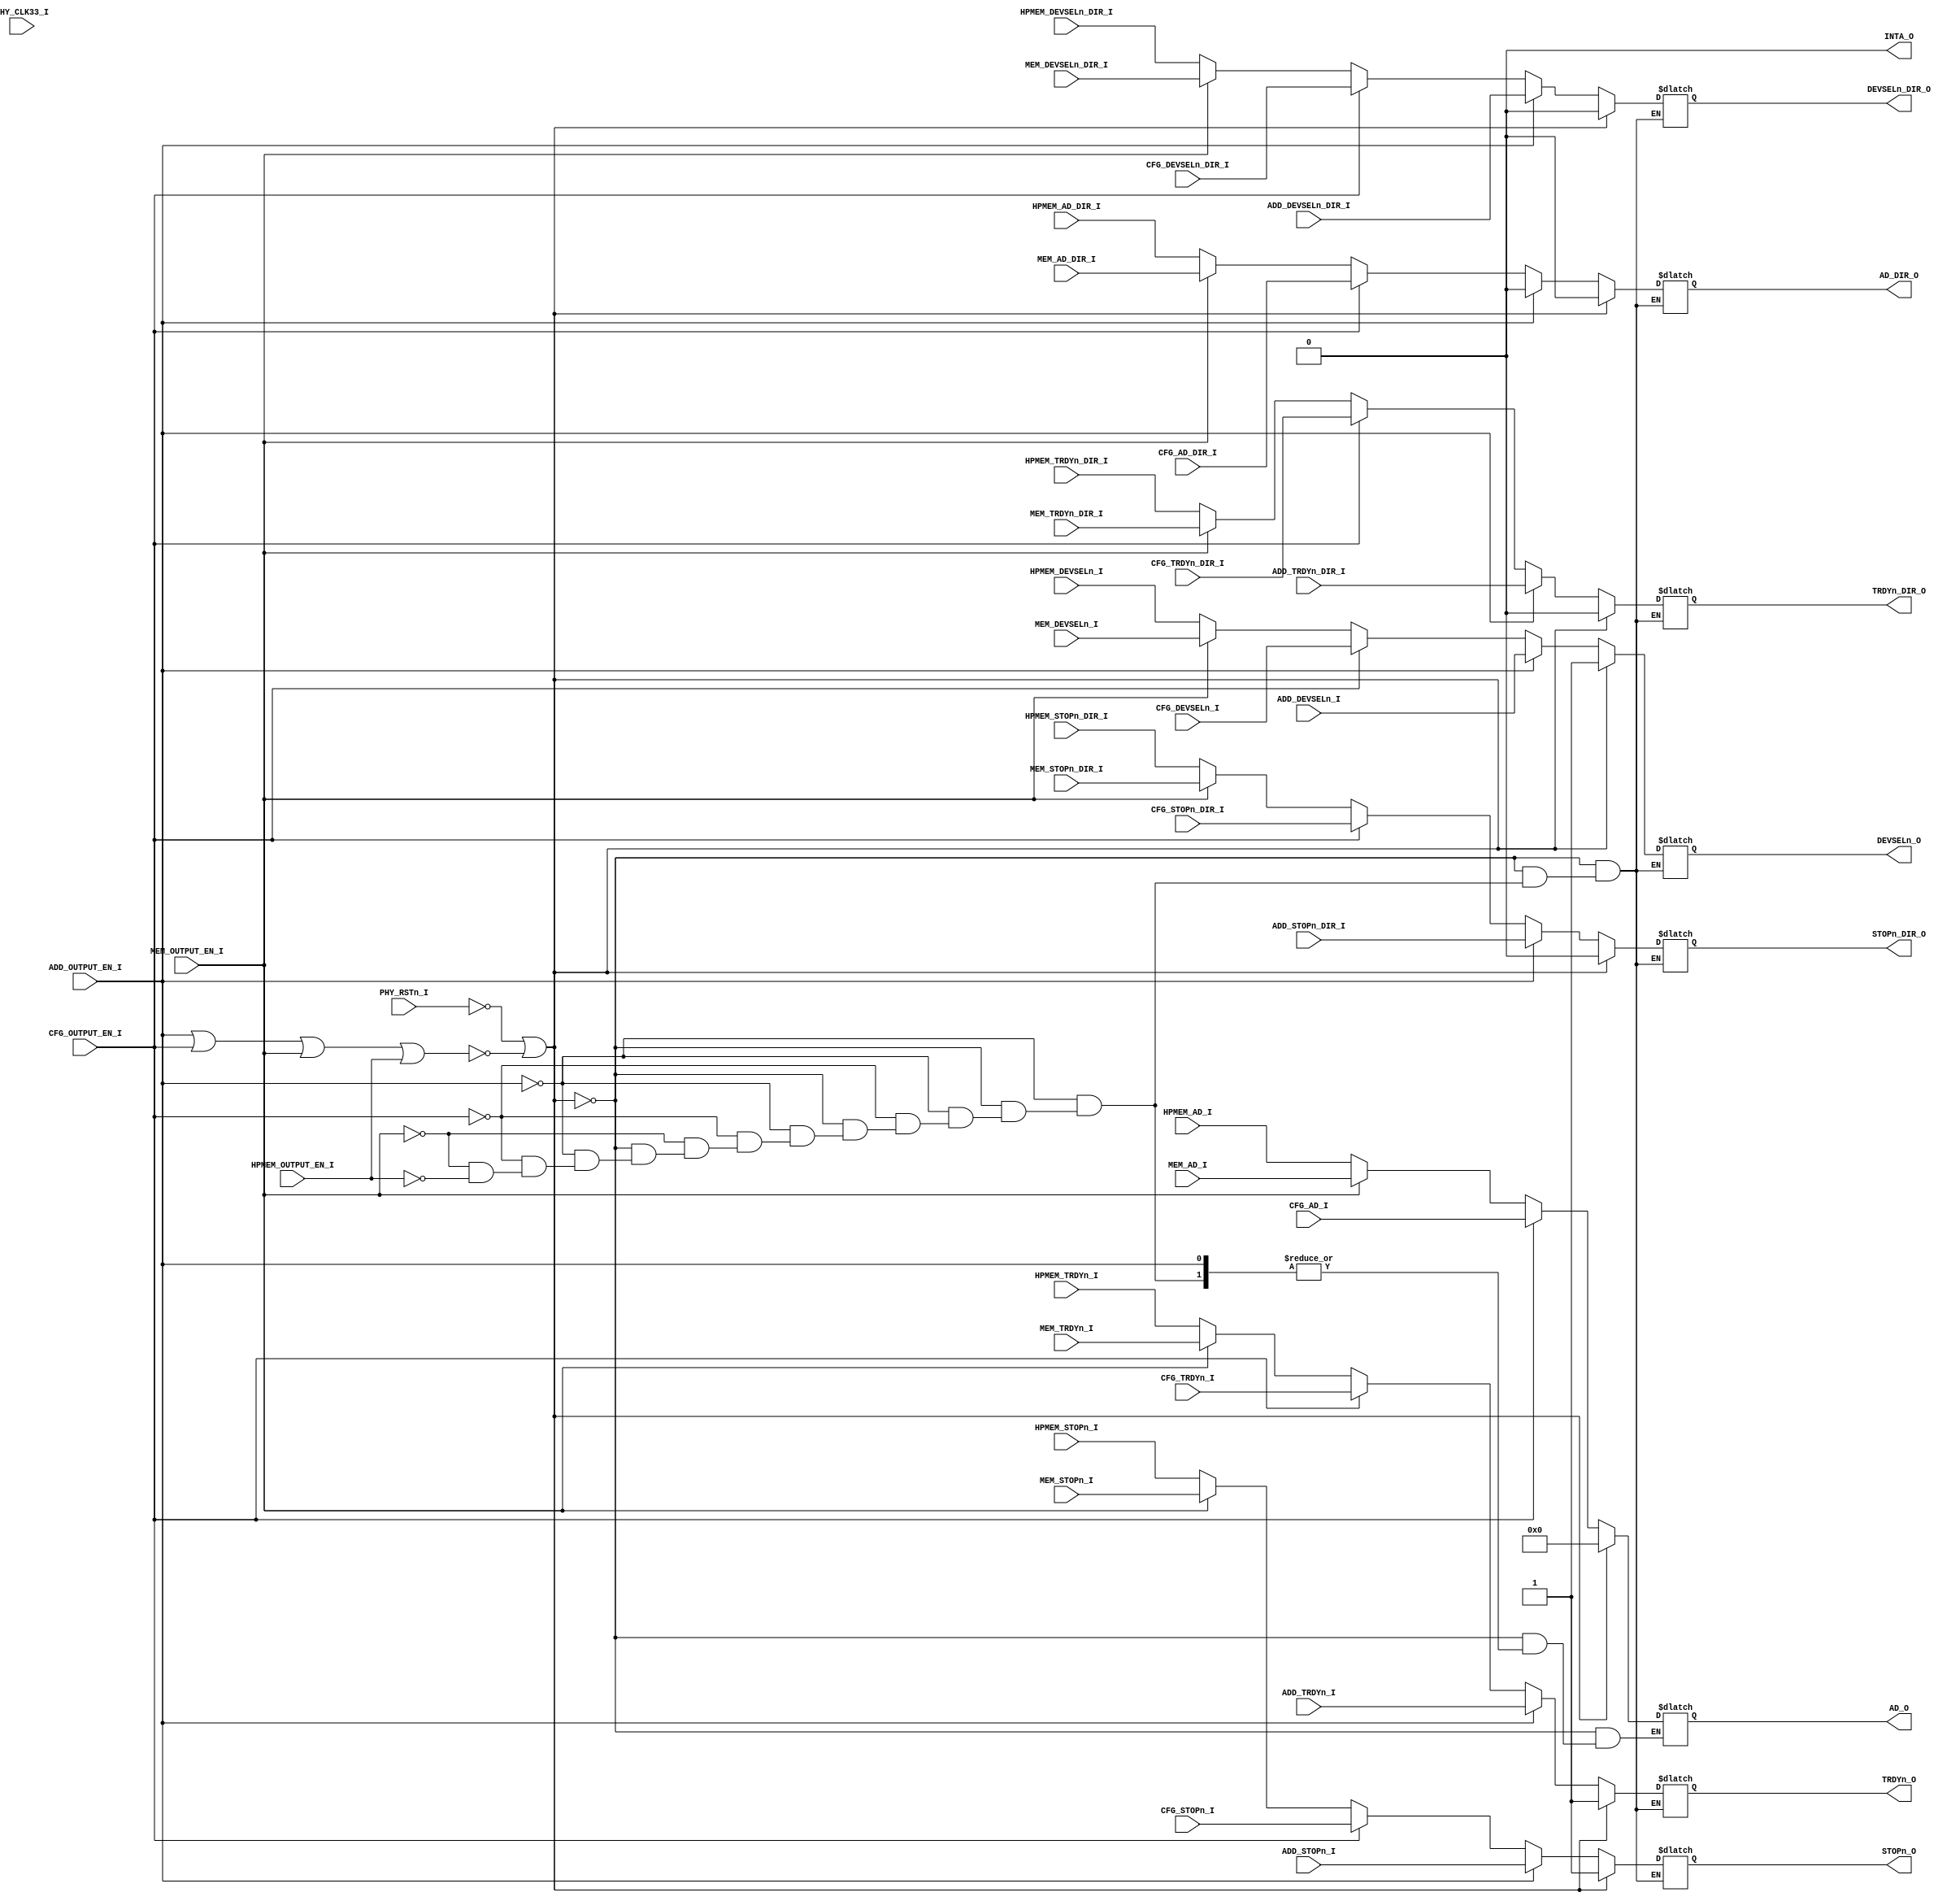
`timescale 1ns / 1ps
//////////////////////////////////////////////////////////////////////////////////
// Company: 
// Engineer: 
// 
// Design Name: 
// Module Name: PCI_OUT_ENCODER
// Project Name: 
// Target Devices: 
// Tool Versions: 
// Description: 
// 
// Dependencies: 
// 
// Revision:
// Revision 0.01 - File Created
// Additional Comments:
// 
//////////////////////////////////////////////////////////////////////////////////


module PCI_OUT_ENCODER(
	input PHY_CLK33_I,
	input PHY_RSTn_I,
	
	output reg   TRDYn_O = 1,
	output reg   TRDYn_DIR_O = 0,
	output reg   DEVSELn_O = 1,
	output reg   DEVSELn_DIR_O = 0,
	output reg   STOPn_O = 1 ,
	output reg   STOPn_DIR_O = 0,
	
	output reg  [31:0]  AD_O = 0,
	output reg  AD_DIR_O = 0,
	
	output reg INTA_O = 0,
	
	input   ADD_TRDYn_I,
	input   ADD_TRDYn_DIR_I,
	input   ADD_DEVSELn_I,
	input   ADD_DEVSELn_DIR_I,
	input   ADD_STOPn_I,
	input   ADD_STOPn_DIR_I,
	
	input   CFG_TRDYn_I,
	input   CFG_TRDYn_DIR_I,
	input   CFG_DEVSELn_I,
	input   CFG_DEVSELn_DIR_I,
	input   CFG_STOPn_I,
	input   CFG_STOPn_DIR_I,
	
	input               CFG_AD_DIR_I,
	input [31:0]        CFG_AD_I,
	
	
    input   MEM_TRDYn_I,
	input   MEM_TRDYn_DIR_I,
	input   MEM_DEVSELn_I,
	input   MEM_DEVSELn_DIR_I,
	input   MEM_STOPn_I,
	input   MEM_STOPn_DIR_I,
	
	input               MEM_AD_DIR_I,
	input [31:0]        MEM_AD_I,
	
	
	input   HPMEM_TRDYn_I,
	input   HPMEM_TRDYn_DIR_I,
	input   HPMEM_DEVSELn_I,
	input   HPMEM_DEVSELn_DIR_I,
	input   HPMEM_STOPn_I,
	input   HPMEM_STOPn_DIR_I,
	
	input               HPMEM_AD_DIR_I,
	input [31:0]        HPMEM_AD_I,
	
	input ADD_OUTPUT_EN_I,
	input CFG_OUTPUT_EN_I,
	input MEM_OUTPUT_EN_I,
	input HPMEM_OUTPUT_EN_I
	
    );
	
	wire NO_EN = ~(ADD_OUTPUT_EN_I == 1 || CFG_OUTPUT_EN_I == 1 
	|| MEM_OUTPUT_EN_I == 1 || HPMEM_OUTPUT_EN_I == 1);
	always @(*) //-- ASYNCRONUS DESIGN -- WORKING BUT NOT RECOMMENDE
	//always @( negedge PHY_CLK33_I)
		if (PHY_RSTn_I == 0 || NO_EN == 1)
			begin
				TRDYn_O = 1;
				TRDYn_DIR_O = 0;
				DEVSELn_O = 1;
				DEVSELn_DIR_O = 0;
				STOPn_O = 1 ;
				STOPn_DIR_O = 0;
			    AD_O = 0;
				AD_DIR_O = 0;
				INTA_O = 0;
			end
		else if (ADD_OUTPUT_EN_I == 1)
			begin
				AD_DIR_O = 0;
				TRDYn_O = ADD_TRDYn_I;
				TRDYn_DIR_O = ADD_TRDYn_DIR_I;
				DEVSELn_O = ADD_DEVSELn_I;
				DEVSELn_DIR_O = ADD_DEVSELn_DIR_I;
				STOPn_O = ADD_STOPn_I ;
				STOPn_DIR_O = ADD_STOPn_DIR_I;
			end
		else if (CFG_OUTPUT_EN_I == 1)
			begin
				TRDYn_O = CFG_TRDYn_I;
				TRDYn_DIR_O = CFG_TRDYn_DIR_I;
				DEVSELn_O = CFG_DEVSELn_I;
				DEVSELn_DIR_O = CFG_DEVSELn_DIR_I;
				STOPn_O = CFG_STOPn_I ;
				STOPn_DIR_O = CFG_STOPn_DIR_I;
				AD_O = CFG_AD_I;
				AD_DIR_O = CFG_AD_DIR_I;
			end
		else if (MEM_OUTPUT_EN_I == 1)
			begin
				TRDYn_O = MEM_TRDYn_I;
				TRDYn_DIR_O = MEM_TRDYn_DIR_I;
				DEVSELn_O = MEM_DEVSELn_I;
				DEVSELn_DIR_O = MEM_DEVSELn_DIR_I;
				STOPn_O = MEM_STOPn_I ;
				STOPn_DIR_O = MEM_STOPn_DIR_I;
				AD_O = MEM_AD_I;
				AD_DIR_O = MEM_AD_DIR_I;
			end
		else if (HPMEM_OUTPUT_EN_I == 1)
			begin
				TRDYn_O = HPMEM_TRDYn_I;
				TRDYn_DIR_O = HPMEM_TRDYn_DIR_I;
				DEVSELn_O = HPMEM_DEVSELn_I;
				DEVSELn_DIR_O = HPMEM_DEVSELn_DIR_I;
				STOPn_O = HPMEM_STOPn_I ;
				STOPn_DIR_O = HPMEM_STOPn_DIR_I;
				AD_O = HPMEM_AD_I;
				AD_DIR_O = HPMEM_AD_DIR_I;
			end
		
endmodule